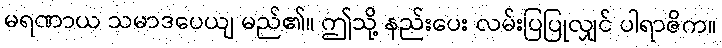
မရဏာယ သမာဒပေယျ မည်၏။ ဤသို့ နည်းပေး လမ်းပြပြုလျှင် ပါရာဇိက။